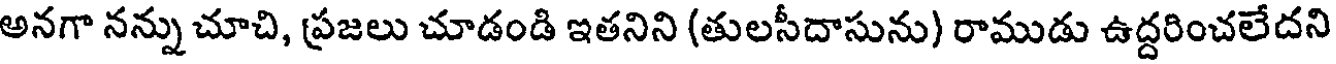
అనగా నన్ను చూచి, ప్రజలు చూడండి ఇతనిని (తులసీదాసును) రాముడు ఉద్దరించలేదని